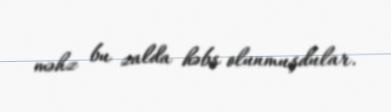
məhz bu zalda həbs olunmuşdular.